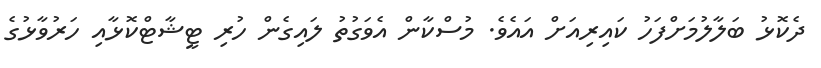
ދެކޮޅު ބަލާލުމަށްފަހު ކައިރިއަށް އައެވެ. މުސްކާން އެވަގުތު ލައިގެން ހުރި ޓީޝާޓްކޮޅާއި ހަރުވާޅުގެ